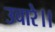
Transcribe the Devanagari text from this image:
उचारे।।